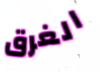
الغرق